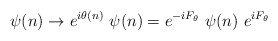
\begin{align*}\psi (n)\to e^{i\theta (n)}\ \psi (n) =e^{-iF_\theta}\ \psi (n)\ e^{iF_\theta}\end{align*}